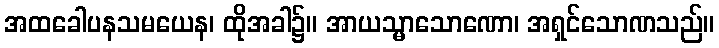
အထခေါပနသမယေန၊ ထိုအခါ၌။ အာယသ္မာသောဏော၊ အရှင်သောဏသည်။